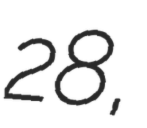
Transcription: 28,